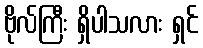
ဗိုလ်ကြီး ရှိပါသလား ရှင်